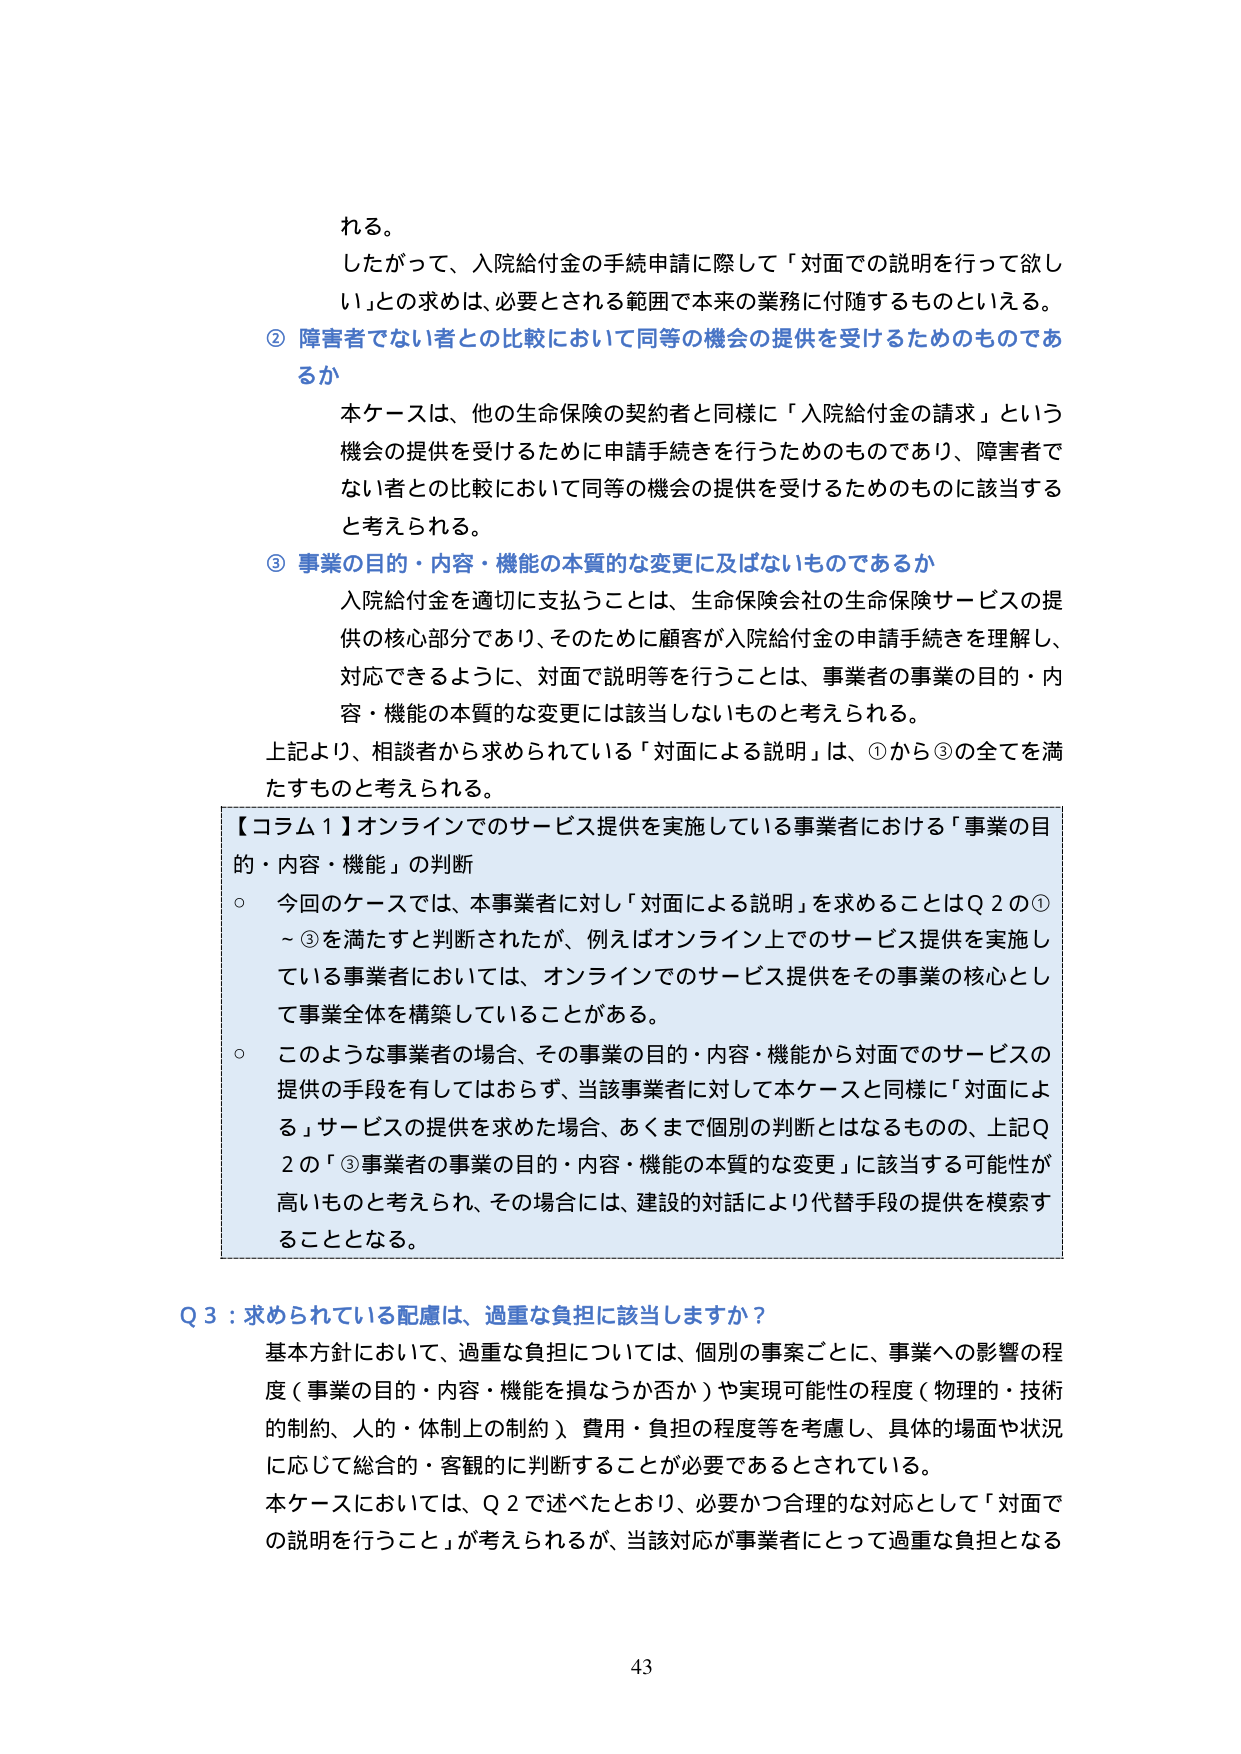
れる。

したがって、入院給付金の手続申請に際して「対面での説明を行って欲しい」との求めは、必要とされる範囲で本来の業務に付随するものといえる。

② 障害者でない者との比較において同等の機会の提供を受けるためのものであるか

本ケースは、他の生命保険の契約者と同様に「入院給付金の請求」という機会の提供を受けるために申請手続きを行うためのものであり、障害者でない者との比較において同等の機会の提供を受けるためのものに該当すると考えられる。

③ 事業の目的・内容・機能の本質的な変更に及ばないものであるか

入院給付金を適切に支払うことは、生命保険会社の生命保険サービスの提供の核心部分であり、そのために顧客が入院給付金の申請手続きを理解し、対応できるように、対面で説明等を行うことは、事業者の事業の目的・内容・機能の本質的な変更には該当しないものと考えられる。

上記より、相談者から求められている「対面による説明」は、①から③の全てを満たすものと考えられる。

【コラム１】オンラインでのサービス提供を実施している事業者における「事業の目的・内容・機能」の判断

○ 今回のケースでは、本事業者に対し「対面による説明」を求めることはQ２の①～③を満たすと判断されたが、例えばオンライン上でのサービス提供を実施している事業者においては、オンラインでのサービス提供をその事業の核心として事業全体を構築していることがある。

○ このような事業者の場合、その事業の目的・内容・機能から対面でのサービスの提供の手段を有してはおらず、当該事業者に対して本ケースと同様に「対面による」サービスの提供を求めた場合、あくまで個別の判断とはなるものの、上記Q２の「③事業者の事業の目的・内容・機能の本質的な変更」に該当する可能性が高いものと考えられ、その場合には、建設的対話により代替手段の提供を模索することとなる。

Q３：求められている配慮は、過重な負担に該当しますか？

基本方針において、過重な負担については、個別の事案ごとに、事業への影響の程度（事業の目的・内容・機能を損なうか否か）や実現可能性の程度（物理的・技術的制約、人的・体制上の制約）、費用・負担の程度等を考慮し、具体的場面や状況に応じて総合的・客観的に判断することが必要であるとされている。

本ケースにおいては、Q２で述べたとおり、必要かつ合理的な対応として「対面での説明を行うこと」が考えられるが、当該対応が事業者にとって過重な負担となる

43